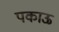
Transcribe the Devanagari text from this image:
पकाऊ